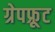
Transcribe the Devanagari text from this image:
ग्रेपफ़्रूट